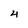
Character: 4